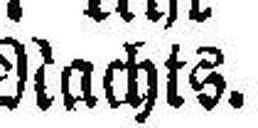
Nachts.